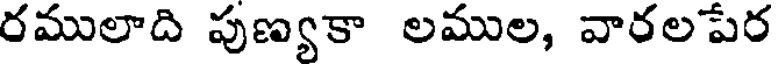
రములాది పుణ్యకా లముల, వారలపేర